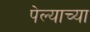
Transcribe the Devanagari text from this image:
पेल्याच्या